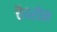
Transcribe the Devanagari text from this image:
चैपरोन